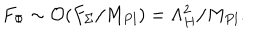
F _ { \Phi } \sim { \cal O } ( F _ { \Sigma } / M _ { P l } ) = \Lambda _ { H } ^ { 2 } / M _ { P l } .